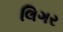
લિગર